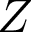
Z